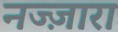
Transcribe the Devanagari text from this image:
नज्ज़ारा